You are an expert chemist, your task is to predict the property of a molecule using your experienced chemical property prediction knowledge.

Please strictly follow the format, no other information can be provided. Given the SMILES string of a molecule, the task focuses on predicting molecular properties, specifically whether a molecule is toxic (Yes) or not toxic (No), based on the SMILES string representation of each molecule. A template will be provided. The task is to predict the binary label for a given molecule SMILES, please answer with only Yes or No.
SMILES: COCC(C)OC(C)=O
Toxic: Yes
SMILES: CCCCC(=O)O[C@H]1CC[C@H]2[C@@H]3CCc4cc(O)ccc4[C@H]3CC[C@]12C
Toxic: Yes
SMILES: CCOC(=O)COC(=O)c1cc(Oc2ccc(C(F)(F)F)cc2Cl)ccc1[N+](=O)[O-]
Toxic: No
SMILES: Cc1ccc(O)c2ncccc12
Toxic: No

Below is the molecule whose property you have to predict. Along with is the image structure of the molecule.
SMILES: OCC1CO1
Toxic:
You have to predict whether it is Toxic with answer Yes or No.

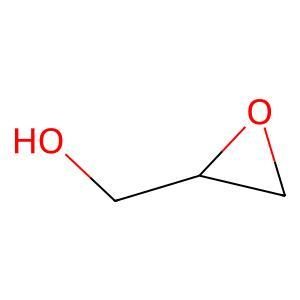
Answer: No